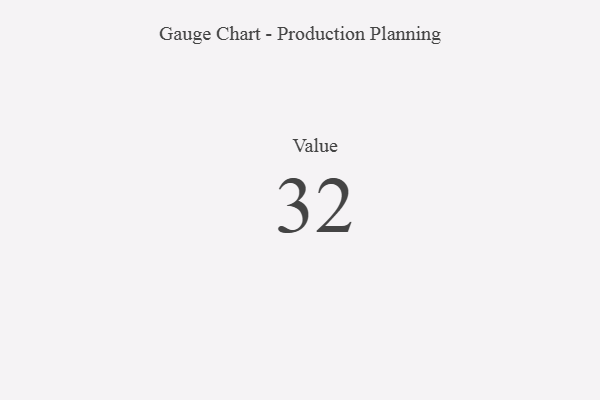
{"axis": {"x": "Metric", "y": "Value"}, "legend": [""], "data": [{"x": "Value", "y": 32, "type": ""}]}